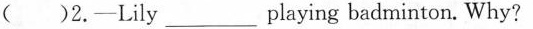
()2.-Lily___playing badminton. Why?